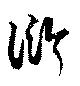
衍